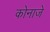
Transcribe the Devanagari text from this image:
कोनाजे